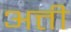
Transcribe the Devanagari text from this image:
अत्ती